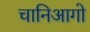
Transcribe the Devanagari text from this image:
चानिआगो